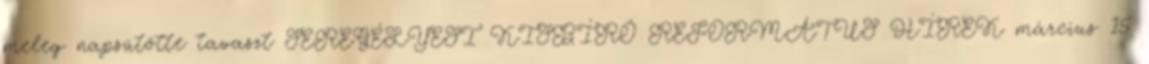
meleg napsütötte tavaszt SEREGÉLYESI KISBÍRÓ REFORMÁTUS HÍREK március 15